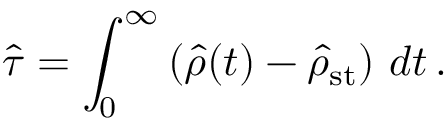
{ \hat { \tau } } = \int _ { 0 } ^ { \infty } \left( { \hat { \rho } } ( t ) - { \hat { \rho } } _ { \mathrm { s t } } \right) \, d t \, .